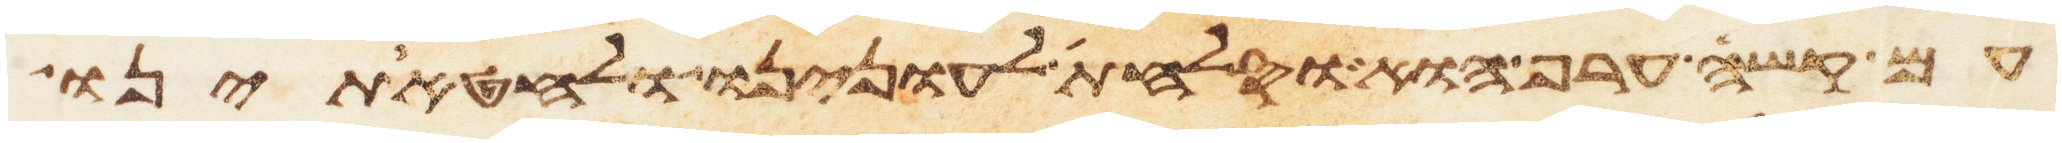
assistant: עם קשה ערף הוא וסלחת לעוננו ולחטאתינו